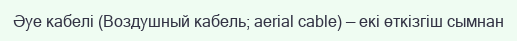
Әуе кабелі (Воздушный кабель; aerial cable) — екі өткізгіш сымнан